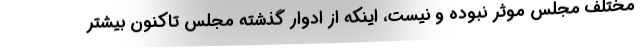
مختلف مجلس موثر نبوده و نیست، اینکه از ادوار گذشته مجلس تاکنون بیشتر